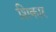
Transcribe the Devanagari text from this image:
शिकार